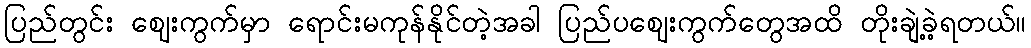
ပြည်တွင်း ဈေးကွက်မှာ ရောင်းမကုန်နိုင်တဲ့အခါ ပြည်ပဈေးကွက်တွေအထိ တိုးချဲ့ခဲ့ရတယ်။